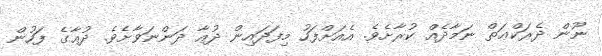
ނޫން ދެރަކްޢަތް ނަމާދެއް ކުރާށެވެ. އެއަށްފަހު މިފަދައިން ދުޢާ ދަންނަވާށެވެ. ދުޢާގެ ފަހުން